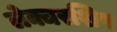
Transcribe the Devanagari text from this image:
लेक्चरशिप